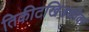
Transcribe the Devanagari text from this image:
तिकीटखिडकीवर